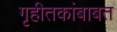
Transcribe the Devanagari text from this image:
गृहीतकांबाबत